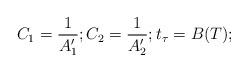
LaTeX: \begin{align*} C_1 = \frac{1}{A'_1}; C_2 = \frac{1}{A_2'}; t_\tau = B(T); \end{align*}